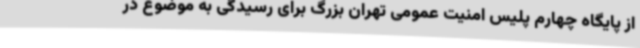
از پایگاه چهارم پلیس امنیت عمومی تهران بزرگ برای رسیدگی به موضوع در